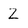
Character: Z